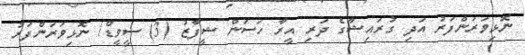
ނޮޅިވަރަންފަރު އަދި ގުރައިޝާގެ ދަރި އީރާ ހަސަން ޝީފާޒު (3) ސީވީޑް/ ނޮޅިވަރަންފަރު